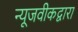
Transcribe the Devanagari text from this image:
न्यूजवीकद्वारा